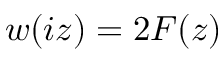
w ( i z ) = 2 F ( z )